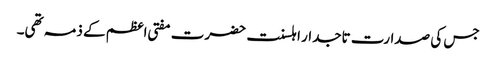
جس کی صدارت تاجدار اہلسنت حضرت مفتی اعظم کے ذمہ تھی۔